Vaccination in Bombay 1874-1876 - 1874-1876
Year: 1874
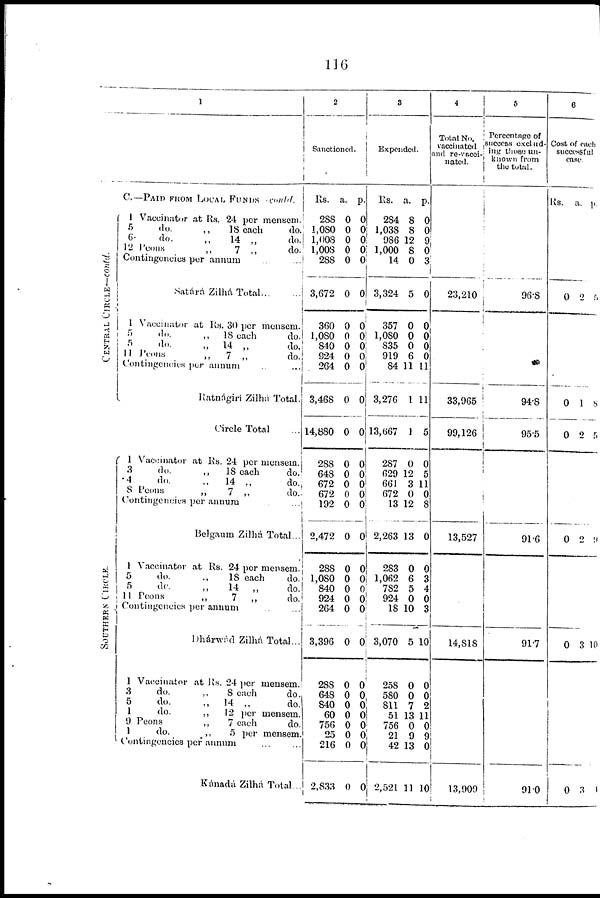
116
CENTRAL CIRCLE—contd.
SOUTHERN CIRCLE.
1
C— PAID FROM LOCAL FUNDS -contd.
1 Vaccinator at Rs. 24 per mensem.
5
do.
„
18 each
do.
6.
do.
„
14 „
do.
12 Peons
„
7 „
do.
Contingencies per annum ...
Satárá Zilhá Total
1 Vaccinator at Rs. 30 per mensem.
5
do.
„
18 each
do.
5
do.
„
14 „
do.
11 Peons
„
7 „
do.
Contingencies per annum
Ratnágiri Zilhá Total.
Circle Total
1 Vaccinator at Rs. 24 per mensem.
3
do.
„
18 each
do.
4
do.
„
14
„
do.
8 Peons
„
7 „
do.
Contingencies per annum
Belgaum Zilhá Total...
Vaccinator at Rs. 24 per mensem.
5 do, „ 18 each do
5
do.
„
14
„
do.
11 Peons
„
7
„
do.
Contingencies per annum .. ...
Dhárwád Zilhá Total..
1 Vaccinator at Rs. 24 per mensem
3
do.
„
8 each
do
5
do.
„
14 „
do
1
do.
„
12 per mensem
9 Peons
„
7 each
do
1
do.
„
5 per mensem.
Contingencies per annum
Kánadá Zilhá Total.
2
Sanctioned.
Rs.
288
1,080
1,008
1,008
288
3,672
360
1,080
840
924
264
3,468
14,880
288
648
672
672
192
2,472
288
1,080
840
924
264
3,396
288
648
840
60
756
25
216
2,833
a.
0
0
0
0
0
0
0
0
0
0
0
0
0
0
0
0
0
0
0
0
0
0
0
0
0
0
0
0
0
0
0
0
0
p.
0
0 0
0
0
0
0
0
0
0
0
0
0
0
0
0
0
0
0
0
0
0
0
0
0
0
0
0
0 0
0
0
0
3
Expended.
Rs.
284
1,038
986
1,000
14
3,324
357
1,080
835
919
84
3,276
13,667
287
629
661
672
13
2,263
283
1,062
782
924
18
3,070
258
580
811
51
756
21
42
2,521
a.
8
8
12
8
0
5
0
0
0
6
11
1
1
0
12
3
0
12
13
0
6
5
0
10
5
0
0
7
13
0
9
13
11
p.
0
0
9
0 3
0
0
0
0
0
11
11
5
0
5
11
0
8
0
0
3
4
0
3
10
0
0
2
11
0
9
0
10
4
Total No.
vaccinated
and re-vacci¬
nated.
23,210
33,965
99,126
0
13,527
14,818
13,909
5
Percentage of
success exclud¬
ing, those un-
known from
the total.
96.8
94.8
95.5
91.6
91.7
91.0
6
Cost of each
successful
case.
Rs.
a. p.
0 2 5
0
0
1
2
8
5
0 0 1
0 3 10
0
3 4